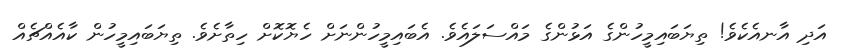
އަދި އާނއެކެވެ! ތިޔަބައިމީހުންގެ އަޅުންގެ މައްސަލައެވެ. އެބައިމީހުންނަށް ހެޔޮކޮށް ހިތާށެވެ. ތިޔަބައިމީހުން ކާއެއްޗެއް